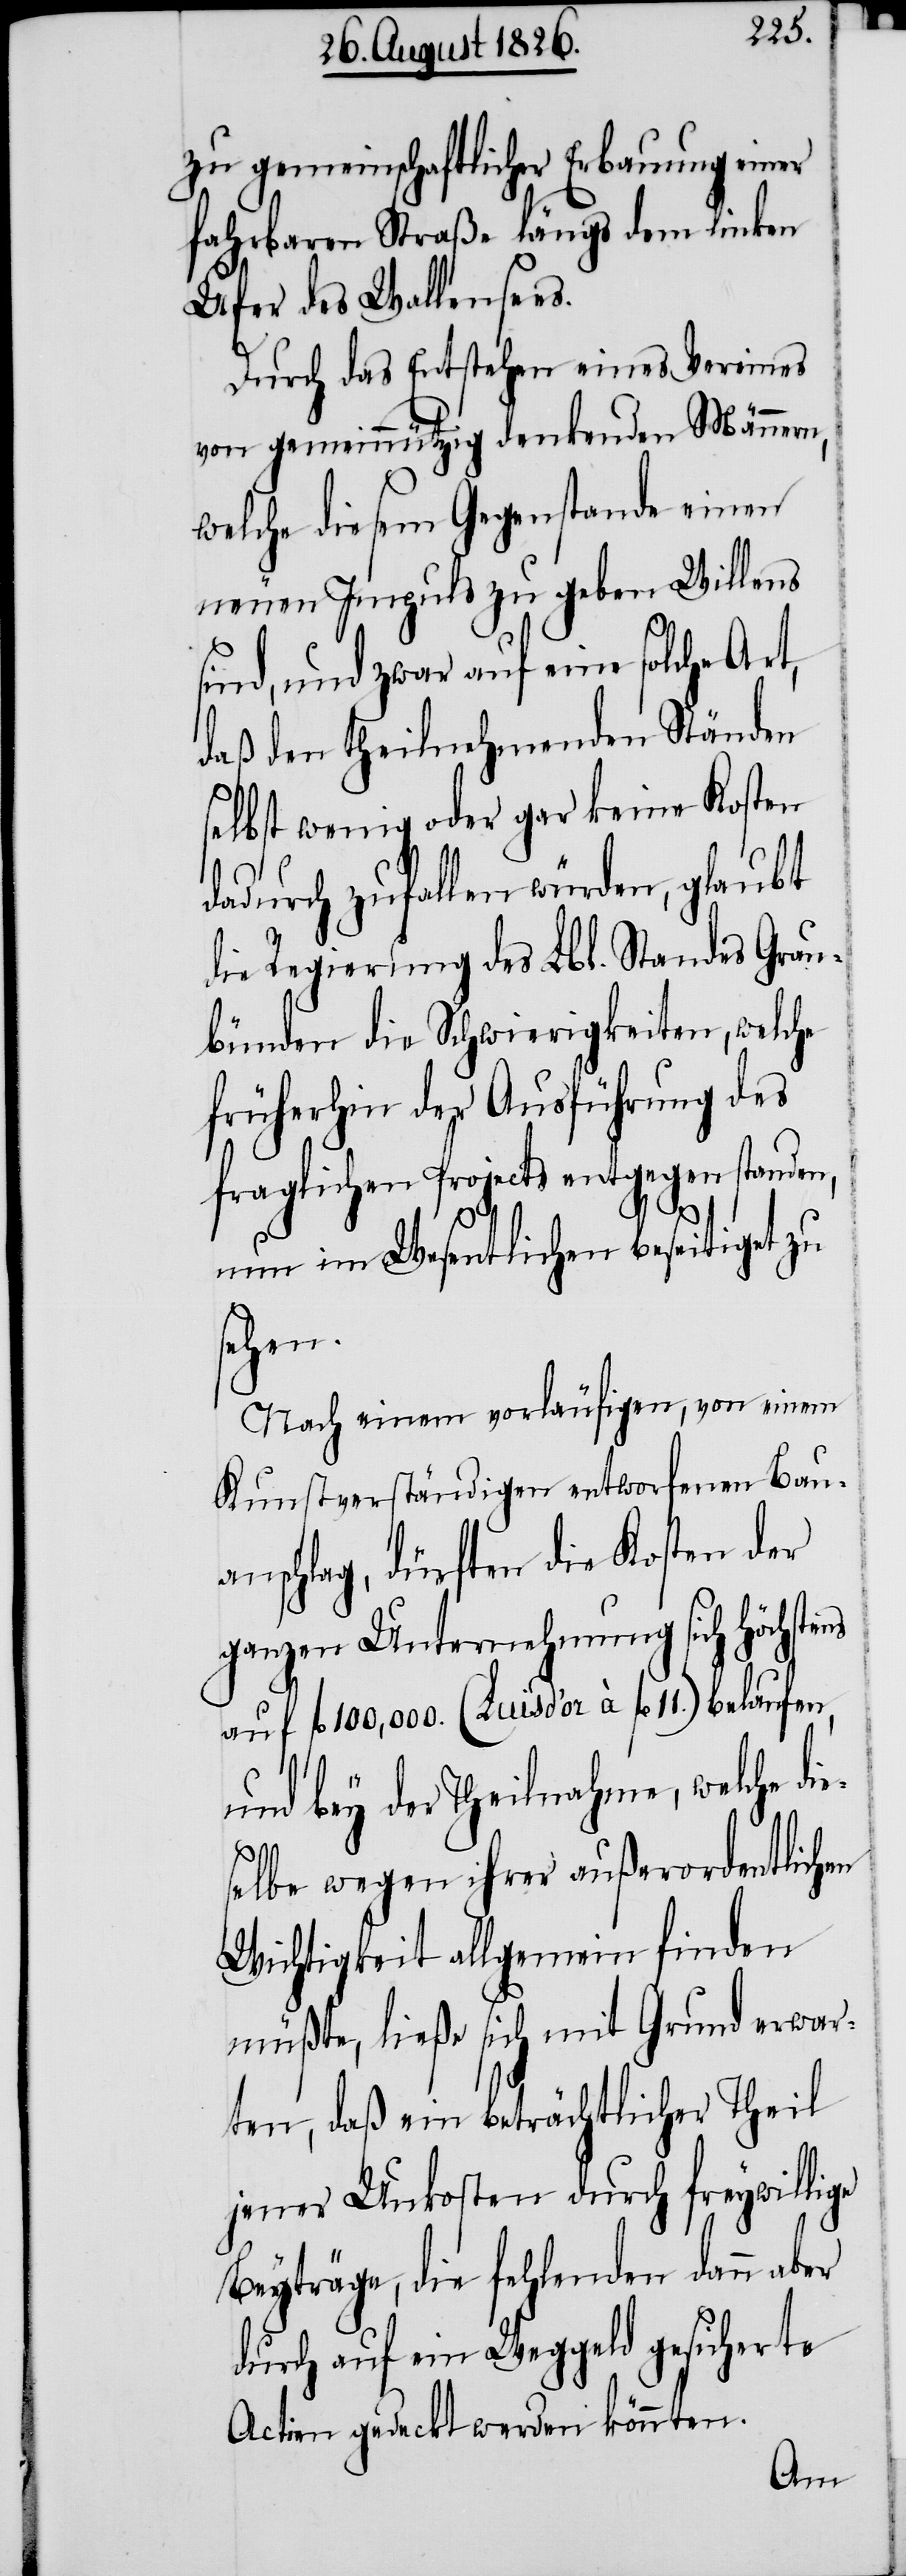
zu gemeinschaftlicher Erbauung einer
fahrbaren Straße längs dem linken
Ufer des Wallensees.
Durch das Entstehen eines Vereines
von gemeinnützig denkenden Männern,
welche diesem Gegenstande einen
neuen Impuls zu geben Willens
sind, und zwar auf eine solche Art,
daß den theilnehmenden Ständen
selbst wenig oder gar keine Kosten
dadurch zufallen würden, glaubt
die Regierung des Lbl. Standes Grau¬
bünden die Schwierigkeiten, welche
früherhin der Ausführung des
fraglichen Projects entgegenstanden,
nun im Wesentlichen beseitiget zu
sehen.
Nach einem vorläufigen, von einem
Kunstverständigen entworfenen Bau¬
anschlag, dürften die Kosten der
ganzen Unternehmung sich höchstens
auf fl. 100‘000. (Louis d’or à fl. 11.) belaufen,
und bey der Theilnahme, welche di¬
selbe wegen ihrer außerordentlichen
Wichtigkeit allgemein finden
müßte, ließe sich mit Grund erwar¬
ten, daß ein beträchtlicher Theil
jener Unkosten durch freywillige
Beyträge, die fehlenden dann aber
durch auf ein Weggeld gesicherte
Actien gedeckt werden könnten.

e¬